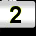
Digit: 2